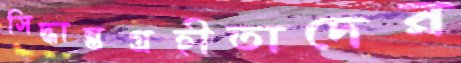
সিদ্ধান্তগ্রহীতাদের